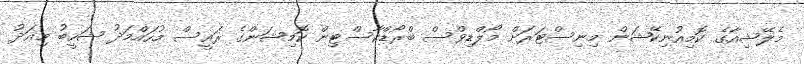
މެލޭޝިއާގެ ކޮމިއުނިކޭޝަން މިނިސްޓަރަށް މޯލްޑިވްސް ބްރޯޑްކާސްޓިން ކޮމިޝަންގެ ރައީސް މުހައްމަދު ޝަހީބު މިއަދު